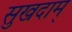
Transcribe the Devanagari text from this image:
सुखदाम्